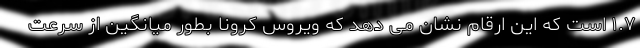
۱.۷ است که این ارقام نشان می دهد که ویروس کرونا بطور میانگین از سرعت